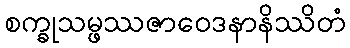
စက္ခုသမ္ဖဿဇာဝေဒနာနိဿိတံ